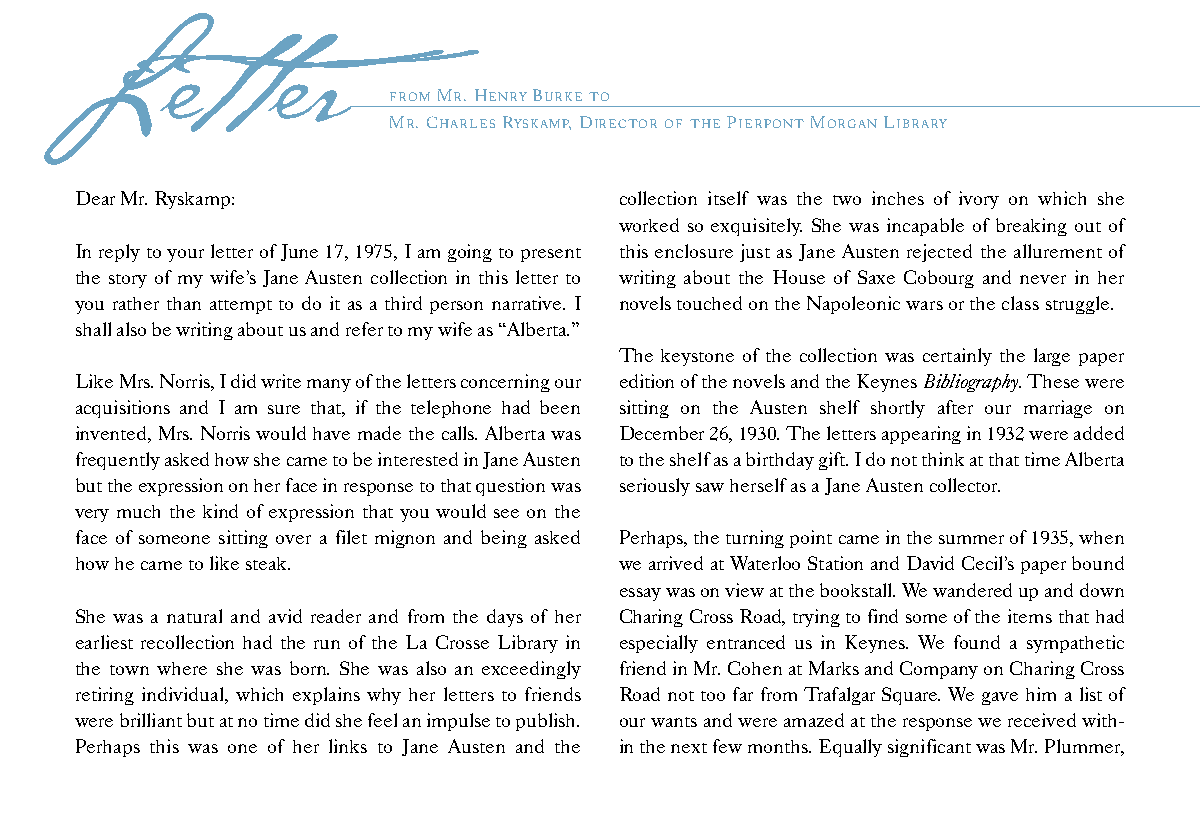
Letter
 FROM MR. HENRYBURKETO
 MR. CHARLES RYSKAMP, DIRECTOROFTHE PIERPONTMORGANLIBRARY
 Dear Mr. Ryskamp:                   collection itself was the two inches of ivory on which she
 worked so exquisitely. She was incapable of breaking out of
 In reply to your letter of June 17, 1975, I am going to present this enclosure just as Jane Austen rejected the allurement of
 the story of my wife’s Jane Austen collection in this letter to writing about the House of Saxe Cobourg and never in her
 you rather than attempt to do it as a third person narrative. I novels touched on the Napoleonic wars or the class struggle.
 shall also be writing about us and refer to my wife as “Alberta.”
 The keystone of the collection was certainly the large paper
 Like Mrs. Norris, I did write many of the letters concerning our edition of the novels and the Keynes Bibliography. These were
 acquisitions and I am sure that, if the telephone had been sitting on the Austen shelf shortly after our marriage on
 invented, Mrs. Norris would have made the calls. Alberta was December 26, 1930. The letters appearing in 1932 were added
 frequently asked how she came to be interested in Jane Austen to the shelf as a birthday gift. I do not think at that time Alberta
 but the expression on her face in response to that question was seriously saw herself as a Jane Austen collector.
 very much the kind of expression that you would see on the
 face of someone sitting over a filet mignon and being asked Perhaps, the turning point came in the summer of 1935, when
 how he came to like steak.          we arrived at Waterloo Station and David Cecil’s paper bound
 essay was on view at the bookstall. We wandered up and down
 She was a natural and avid reader and from the days of her Charing Cross Road, trying to find some of the items that had
 earliest recollection had the run of the La Crosse Library in especially entranced us in Keynes. We found a sympathetic
 the town where she was born. She was also an exceedingly friend in Mr. Cohen at Marks and Company on Charing Cross
 retiring individual, which explains why her letters to friends Road not too far from Trafalgar Square. We gave him a list of
 were brilliant but at no time did she feel an impulse to publish. our wants and were amazed at the response we received with-
 Perhaps this was one of her links to Jane Austen and the in the next few months. Equally significant was Mr. Plummer,